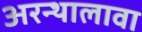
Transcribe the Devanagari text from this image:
अरन्थालावा